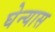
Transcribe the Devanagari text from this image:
घेन्यास